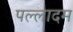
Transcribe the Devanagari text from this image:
पल्लादम